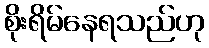
စိုးရိမ်နေရသည်ဟု